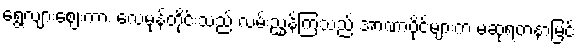
ရွေ့လျားဈေးကား လေမုန်တိုင်းသည် လမ်းညွှန်ကြသည် အာဏာပိုင်များက မဆုရတနာမြင့်